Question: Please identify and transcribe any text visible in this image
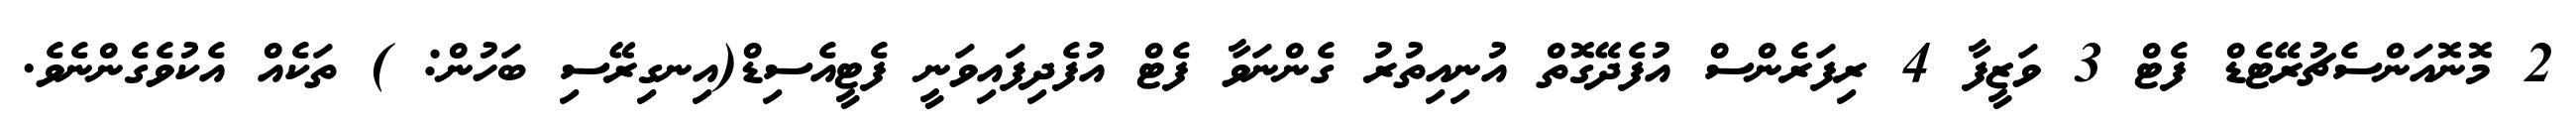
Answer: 2 މޮނޮއަންސެޗުރޭޓެޑް ފެޓް 3 ވަޒީފާ 4 ރިފަރެންސް އުފެދޭގޮތް އުނިއިތުރު ގެންނަވާ ފެޓް އުފެދިފައިވަނީ ފެޓީއެސިޑް(އިނގިރޭސި ބަހުން: ) ތަކެއް އެކުވެގެންނެވެ.